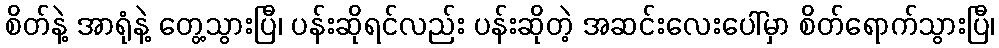
စိတ်နဲ့ အာရုံနဲ့ တွေ့သွားပြီ၊ ပန်းဆိုရင်လည်း ပန်းဆိုတဲ့ အဆင်းလေးပေါ်မှာ စိတ်ရောက်သွားပြီ၊